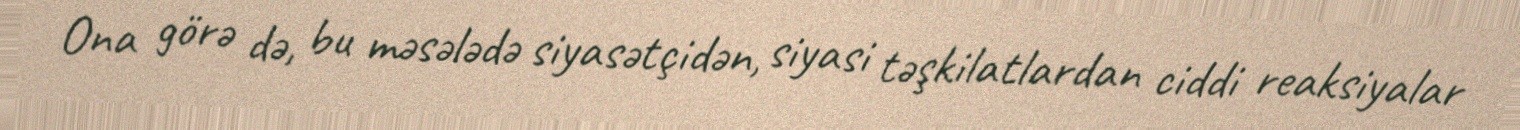
Ona görə də, bu məsələdə siyasətçidən, siyasi təşkilatlardan ciddi reaksiyalar